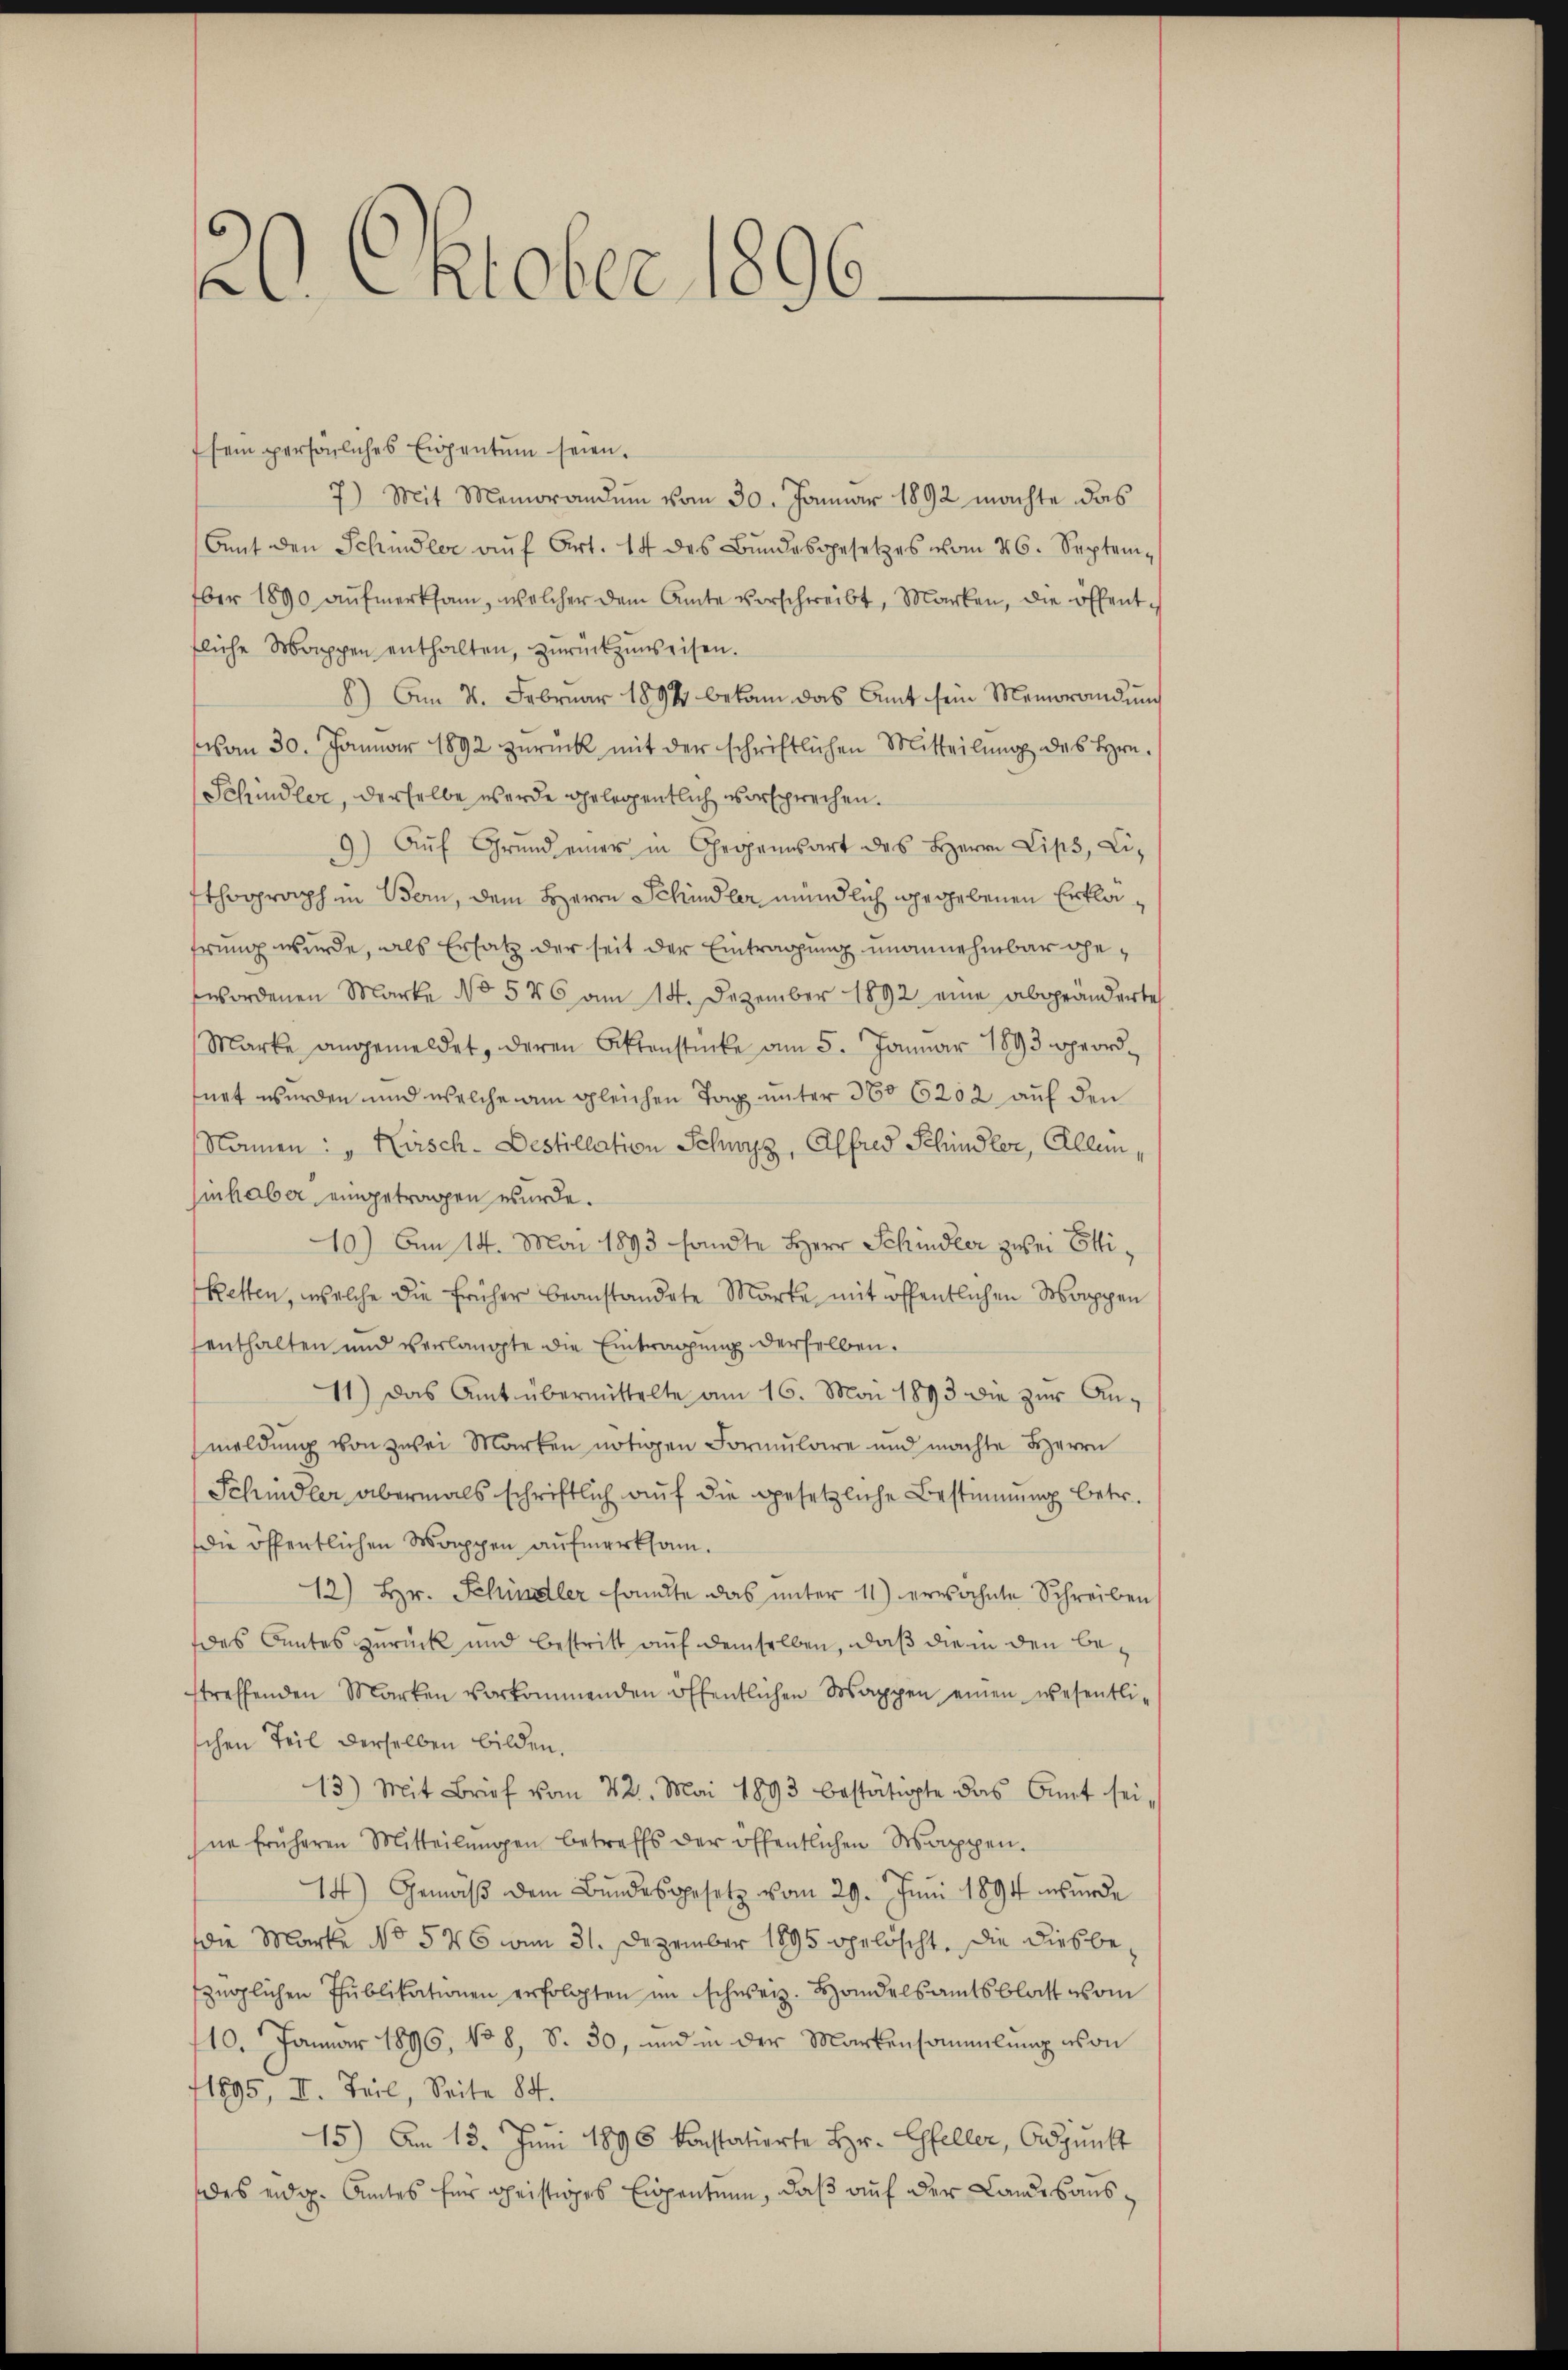
2. Oktober 1896.

sein persönliches Eigentum seien.
7) Mit Memorandum vom 30. Januar 1892 machte das
Amt den Schindler aŭf Art. 14 des Bŭndesgesetzes vom 26. Septem-
ber 1890 aŭfmerksam, welcher dem Amte vorschreibt, Marken, die öffentfliche Mappen enthalten, zurückzuweisen.
8) Am 4. Februar 1898 bekam das Amt sein Memorandung
vom 30. Januar 1892 zurück mit der schriftlichen Mitteilung des Hrn.
Schindler, derselbe werde gelegentlich vorsprechen.
) Aŭf Grŭnd einer in Gegensart des Herrn Lips, Li-
d.
thograph in Bern, dem Herrn Schindler mündlich gegebenen Erkläfrung wurde, als Ersatz der seit der Eintragung unannehmbar gewordenen Marke No 576 am 14. Dezember 1892 eine abgeänderte
Marke angemeldet, deren Aktenstücke am 5. Januar 1893 geordfurt wurden und welche am gleichen Tag unter 360 6202 auf den
Namen: „Kirsch - Destillation Schwyz, Alfred Schindler, Allen,
hinhaber eingetragen wurde.
10) Den 14. Mai 1893 sandte Herr Schindler zwei Otti¬
Ketten, welche die früher beanstandete Marke mit öffentlichen Morappen
enthalten und verlangte die Eintragung derselben.
11) Das Amt übermittelte am 16. Mai 1893 die zŭr An-
meldung von zwei Marken nötigen Formulaire und machte HHerrn
Schmidler abermals schriftlich auf die gesetzliche Bestimmung betr.
die öffentlichen Wappen aufmerksam.
12) Hr. Schindler sandte das unter 11) erwähnte Schreiben
des Centes zurück und bestritt auf demselben, daß die in den bestreffenden Marken vorkommenden öffentlichen Wappen einen wesentli-
schen Teil derselben bilden.
13.) Mit Brief vom 22. Mai 1893 bestätigte das Amt seine früheren Mitteilŭngen betreffs der öffentlichen Wappen.
14) Gemäβ dem Bŭndesgesetz vom 29. Juni 1894 wurde
die Marke No 526 vom 31. Dezember 1895 opelöscht. Die diesbezüglichen Publikationen erfolgten im schweiz. Handelsamtsblatt vom
110. Januar 1896, No 8, S. 30, und in der Markensammlung von
1895, II. Teil, Seite 84.
15) Am 13. Juni 1896 konstatierte Hr. Gfeller, Adjunkt
des eidg. Amtes für geistiges Eigenten, daß auf der Landesaus¬